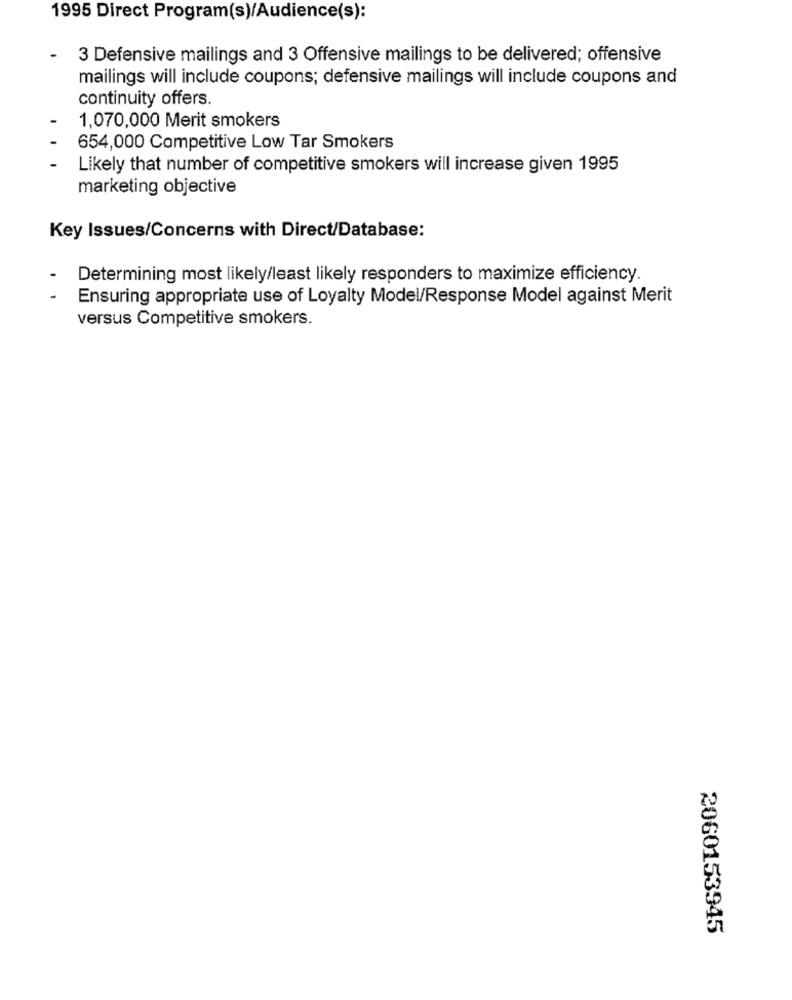
1995 Direct Program(s)/Audience(s):
3 Defensive mailings and 3 Offensive mailings to be delivered; offensive
mailings will include coupons; defensive mailings will include coupons and
continuity offers.
1,070,000 Merit smokers
654,000 Competitive Low Tar Smokers
Likely that number of competitive smokers will increase given 1995
marketing objective
Key Issues/Concerns with Direct/Database:
Determining most likely/least likely responders to maximize efficiency.
Ensuring appropriate use of Loyalty Model/Response Model against Merit
versus Competitive smokers.
2060153945